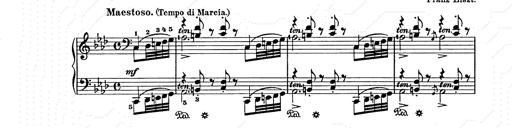
Title: Weihnachtsbaum
Composer: Franz Liszt